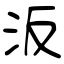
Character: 汳